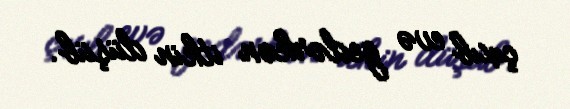
çıxıb evə gedərkən itkin düşüb.